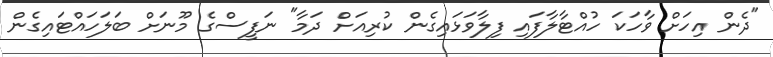
"ދެން އިހަށް ވާހަކަ ހުއްޓާލާފައި ފިލާވަޅައިގެން ކުރިއަށް ދަމާ" ނަފީސްގެ މޫނަށް ބަލަހައްޓައިގެން